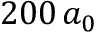
2 0 0 \, a _ { 0 }